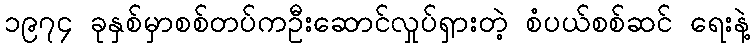
၁၉၇၄ ခုနှစ်မှာစစ်တပ်ကဦးဆောင်လှုပ်ရှားတဲ့ စံပယ်စစ်ဆင် ရေးနဲ့